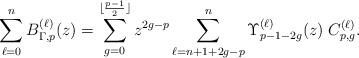
LaTeX: \begin{align*}\sum_{\ell=0}^n B_{\Gamma,p}^{(\ell)}(z) = \sum_{g=0}^{\lfloor\frac{p-1}{2}\rfloor} z^{2g-p} \sum_{\ell=n+1+2g-p}^{n}\Upsilon_{p-1-2g}^{(\ell)}(z) \;C_{p,g}^{(\ell)}.\end{align*}